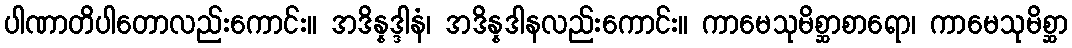
ပါဏာတိပါတောလည်းကောင်း။ အဒိန္နဒ္ဒါနံ၊ အဒိန္နဒါနလည်းကောင်း။ ကာမေသုမိစ္ဆာစာရော၊ ကာမေသုမိစ္ဆာ